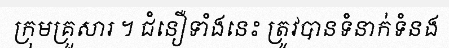
ក្រុមគ្រួសារ ។ ជំនឿទាំងនេះ ត្រូវបានទំនាក់ទំនង